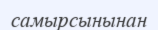
самырсынынан